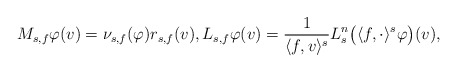
\begin{align*}M_{s,f} \varphi(v) = \nu_{s,f}(\varphi) r_{s,f}(v), L_{s,f} \varphi(v) = \frac{1}{\langle f, v \rangle^s} L_s^n \big(\langle f, \cdot \rangle^s \varphi \big)(v), \end{align*}